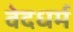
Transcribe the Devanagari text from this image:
वेदधर्म